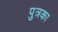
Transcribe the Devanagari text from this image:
पुत्रका